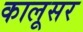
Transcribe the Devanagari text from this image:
कालूसर